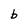
Character: b